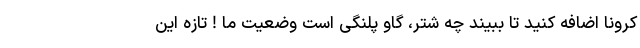
کرونا اضافه کنید تا ببیند چه شتر، گاو پلنگی است وضعیت ما ! تازه این